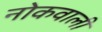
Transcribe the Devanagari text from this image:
नोकवाली